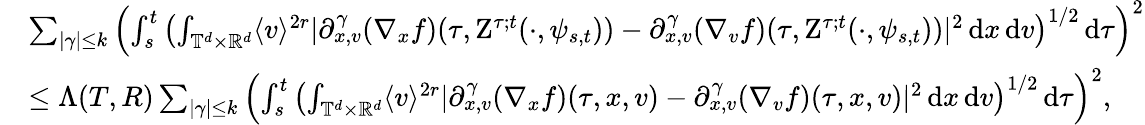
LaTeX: \begin{array}{rl}&{\sum_{\vert\gamma\vert\leq k}\left(\int_{s}^{t}\left(\int_{\mathbb T^{d}\times\mathbb R^{d}}\langle v\rangle^{2r}\vert\partial_{x,v}^{\gamma}(\nabla_{x}f)(\tau,\mathrm{Z}^{\tau;t}(\cdot,\psi_{s,t}))-\partial_{x,v}^{\gamma}(\nabla_{v}f)(\tau,\mathrm{Z}^{\tau;t}(\cdot,\psi_{s,t}))\vert^{2}\, \mathrm{d}x\, \mathrm{d}v\right)^{1/2}\, \mathrm{d}\tau\right)^{2}}\\ &{\leq\Lambda(T,R)\sum_{\vert\gamma\vert\leq k}\left(\int_{s}^{t}\left(\int_{\mathbb T^{d}\times\mathbb R^{d}}\langle v\rangle^{2r}\vert\partial_{x,v}^{\gamma}(\nabla_{x}f)(\tau,x,v)-\partial_{x,v}^{\gamma}(\nabla_{v}f)(\tau,x,v)\vert^{2}\, \mathrm{d}x\, \mathrm{d}v\right)^{1/2}\, \mathrm{d}\tau\right)^{2},}\end{array}